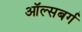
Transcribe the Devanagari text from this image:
ऑल्सबर्ग